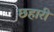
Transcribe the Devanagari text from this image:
छहारी